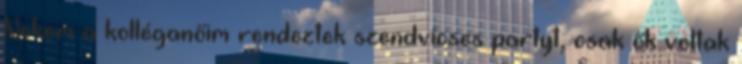
Nekem a kolléganőim rendeztek szendvicses partyt, csak ők voltak